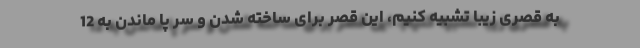
به قصری زیبا تشبیه کنیم، این قصر برای ساخته شدن و سر پا ماندن به 12